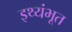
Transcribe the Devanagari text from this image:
इथ्यंभूत